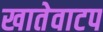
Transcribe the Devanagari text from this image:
खातेवाटप